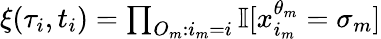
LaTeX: \begin{array}{r}{\xi(\tau_{i},t_{i})=\prod_{O_{m}:i_{m}=i}\mathbb{I}[x_{i_{m}}^{\theta_{m}}=\sigma_{m}]}\end{array}